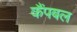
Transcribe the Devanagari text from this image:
कैंपबल